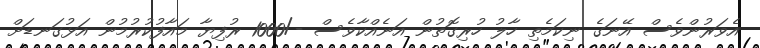
އެވަރުންވެސް އޭނަގެ ނިކަމެތި ހާލު ހުރިގޮތުން އަނެއްކާވެސް -/1000 ރުފިޔާ މައާފުކުރުމުން އަޅުގަނޑަށް